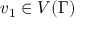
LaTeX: v _ { 1 } \in V ( \Gamma )